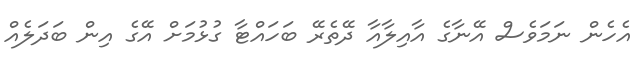
އެހެން ނަމަވެސް އޭނާގެ އާއިލާއާ ދޭތެރޭ ބަހައްޓާ ގުޅުމަށް އޭގެ އިން ބަދަލެއް